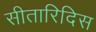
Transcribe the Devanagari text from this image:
सीतारिदिस